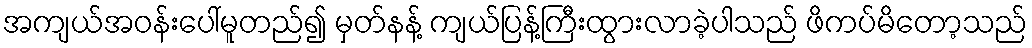
အကျယ်အဝန်းပေါ်မူတည်၍ မှတ်နန့် ကျယ်ပြန့်ကြီးထွားလာခဲ့ပါသည် ဖိကပ်မိတော့သည်